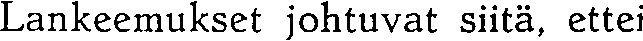
Lankeemukset johtuvat siitä, ettei